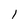
Character: 1